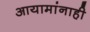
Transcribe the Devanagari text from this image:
आयामांनाही